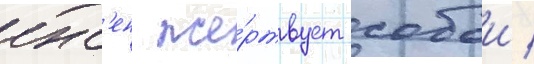
инс'ен же́ртвует собои /